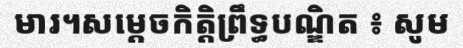
មារ។សម្តេចកិត្តិព្រឹទ្ធបណ្ឌិត ៖ សូម